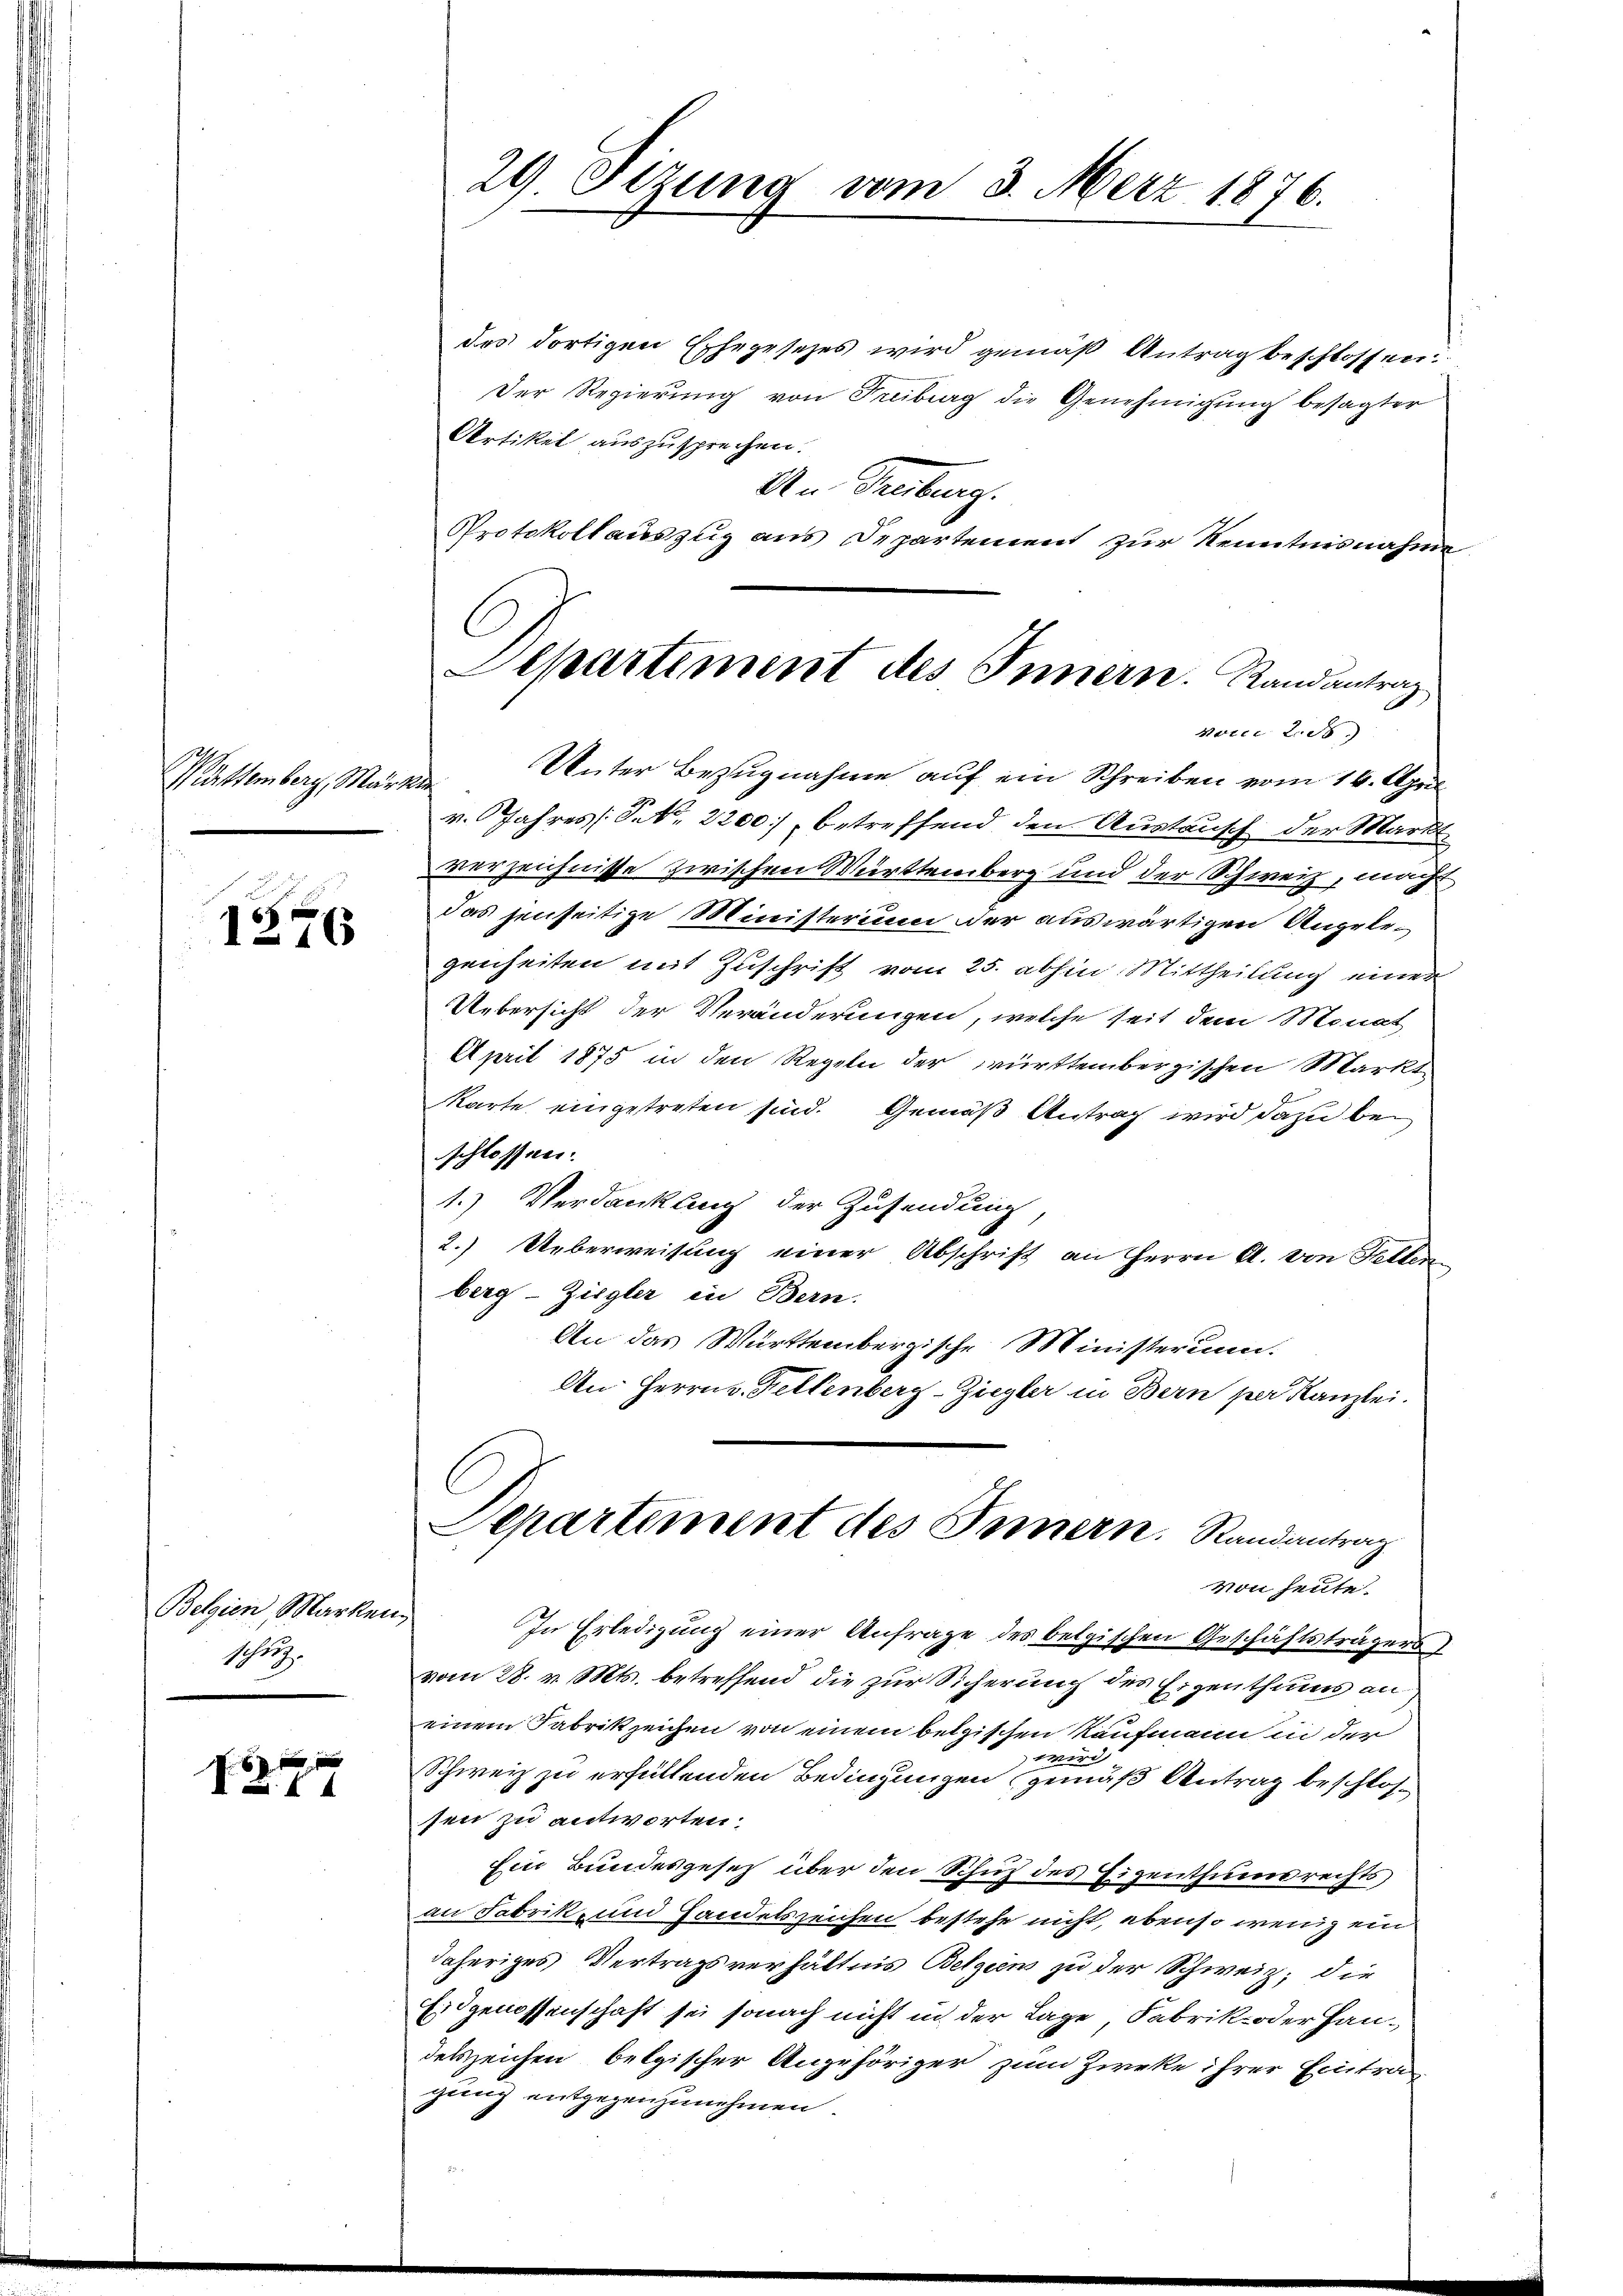
Kuttemberg, März

x
116

Belgien, Marken
schei

NB.

29. Sizung vom 3. März 1876.

des dortigen Ehegesezes wird gemäß Antrag beschlossen:
Der Regierung von Freiburg die Genehmigung besagter
Artikel auszusprechen.
An Deuburg.
Protokollauszug aus Departement zur Kenntnisnahme
Unter Bezugnahme auf ein Schreiben vom 14. April
v. Jahres Seb. 2200] betreffend den Austausch der Markt-
verzeichnisse zwischen Württemberg und der Schweiz, macht
das jenseitige Ministerium der auswärtigen Angelegenheiten mit Zuschrift vom 25. abhin Mittheilung einer
Uebersicht der Veränderungen, welche seit dem Monat
April 1875 in den Regeln der württembergischen Markt
Karte eingetreten sind. Gemäß Antrag wird dazu bei
schlossen.
1.) Verdankung der Zusendung
2.) Ueberweisung einer Abschrift an Herrn A. von Selb
berg - Ziegler in Bern.
An das Württembergische Ministerium.
An Herrn v. Fellenberg-Ziegler in Bern per Kanzlei.
Departement des Innern. Randantrag
von heute.
a
In Erledigung einer Anfrage des belgischen Geschäftsträgers
vom 28. v. Mts. betreffend die zur Sicherung des Eigenthums an
einem Fabrikzeichen von einem belgischen Kaufmann in der
wird
Schweiz zu erfüllenden Bedingungen gemäß Antrag beschlos
sen zu antworten.
Ein Bundesgesetz über den Schuz des Eigenthumsrechts
an Fabrik- und Handelszeichen bestehe nicht, ebenso wenig ein
daheriges Vertragsverhältnis Belgiens zu der Schweiz, die
Eidgenossenschaft sei sonach nicht in der Lage, Fabrik oder Handetszeichen belgischer Angehöriger zum Zweke ihrer Eintra
gung entgegenzunehmen.

Separtement des Innern. Randantrag
vorce 2. ds.